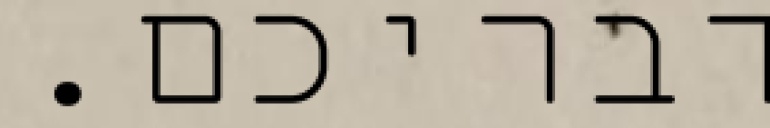
דבריכם.